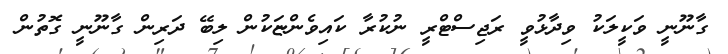
ގާނޫނީ ވަކީލަކު ވިދާޅުވީ ރަޖިސްޓްރީ ނުކުރާ ކައިވެންޏަކުން ލިބޭ ދަރިން ގާނޫނީ ގޮތުން